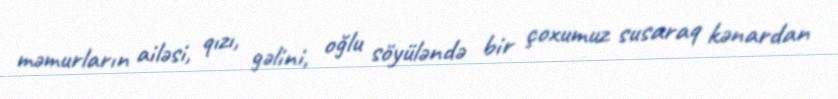
məmurların ailəsi, qızı, gəlini, oğlu söyüləndə bir çoxumuz susaraq kənardan